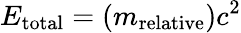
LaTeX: E_{\mathrm{total}}=(m_{\mathrm{relative}})c^{2}